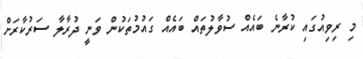
މި ރިވިއުގައި ކުރާނެ ބައެއް ސުވާލުތައް ބައެއް ގައުމުތަކުން ވަނީ ދުރާލާ ސަރުކާރަށް